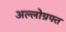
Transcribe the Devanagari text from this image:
अल्लोग्रफ्त